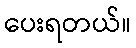
ပေးရတယ်။